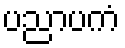
ပညာပကံ